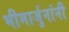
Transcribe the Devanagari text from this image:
भीमार्जुनांनी